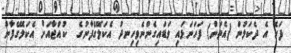
ފަހެ އެ ދެކަލުން (އެތަން) ފަހަނަޅައި ވަޑައިގެންނެވިހިނދު އެކަލޭގެފާނުގެ  ކުއްޖާއަށް އެކަލޭގެފާނު